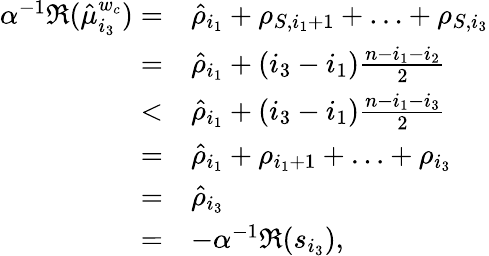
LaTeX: \begin{array}{rl}{\alpha^{-1}\Re(\hat{\mu}_{i_{3}}^{w_{c}})=}&{\hat{\rho}_{i_{1}}+\rho_{S,i_{1}+1}+\ldots+\rho_{S,i_{3}}}\\ {=}&{\hat{\rho}_{i_{1}}+(i_{3}-i_{1})\frac{n-i_{1}-i_{2}}{2}}\\ {<}&{\hat{\rho}_{i_{1}}+(i_{3}-i_{1})\frac{n-i_{1}-i_{3}}{2}}\\ {=}&{\hat{\rho}_{i_{1}}+\rho_{i_{1}+1}+\ldots+\rho_{i_{3}}}\\ {=}&{\hat{\rho}_{i_{3}}}\\ {=}&{-\alpha^{-1}\Re(s_{i_{3}}),}\end{array}